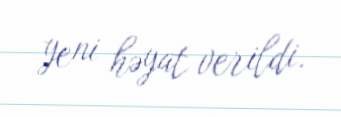
yeni həyat verildi.